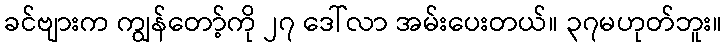
ခင်ဗျားက ကျွန်တော့်ကို ၂၇ ဒေါ်လာ အမ်းပေးတယ်။ ၃၇မဟုတ်ဘူး။